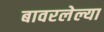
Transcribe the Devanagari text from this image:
बावरलेल्या